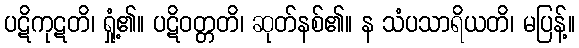
ပဋိကုဋတိ၊ ရှုံ့၏။ ပဋိဝတ္တတိ၊ ဆုတ်နစ်၏။ န သံပသာရိယတိ၊ မပြန့်။